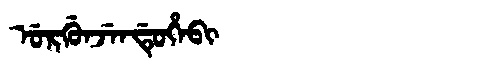
Manchu: ᡠᡵᡤᡠᠨᠵᡝᠨᡩᡠᡥᡝᠪᡳ
Romanization: URGUNJENDUHEBI